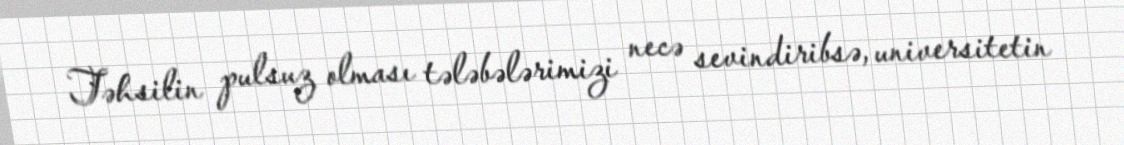
Təhsilin pulsuz olması tələbələrimizi necə sevindiribsə, universitetin